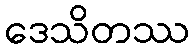
ဒေသိတဿ